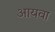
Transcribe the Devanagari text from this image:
आयवा